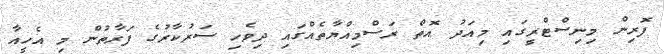
ފޮރިން މިނިސްޓްރީގައި މިއަދު އޮތް ރަސްމިއްޔާތެއްގައި ދިވެހި ސަރުކާރުގެ ފަރާތުން މި އެހީއާ